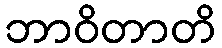
ဘာဝိတာတိ